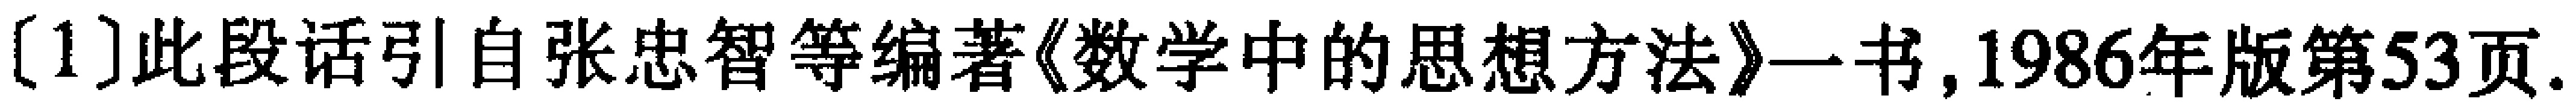
[1]此段话引自张忠智等编著《数学中的思想方法》一书,1986年版第53页.